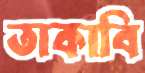
তাকাবি